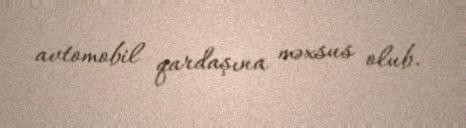
avtomobil qardaşına məxsus olub.